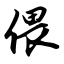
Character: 偎